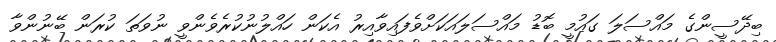
ބިދޭސީންގެ މައްސަލަ ގައުމީ ބޮޑު މައްސަލައަކަށްވެފައިވާއިރު އެކަން ހައްލުނުކުރެވެންވީ ނުވަތަ ކުރަން ބޭނުންވާ